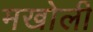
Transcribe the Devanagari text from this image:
मखोली